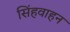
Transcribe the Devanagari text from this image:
सिंहवाहन